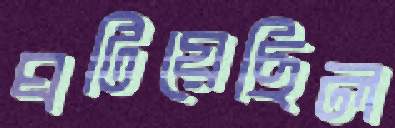
ঘটিয়েছিল